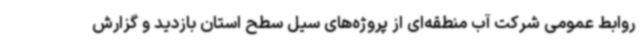
روابط عمومی شرکت آب منطقه‌ای از پروژه‌های سیل سطح استان بازدید و گزارش